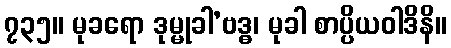
၇၃၅။ မုခရော ဒုမ္မုခါ’ဗဒ္ဓ၊ မုခါ စာပ္ပိယဝါဒိနိ။